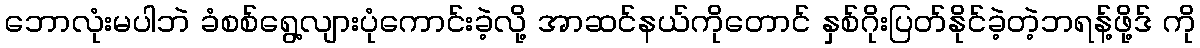
ဘောလုံးမပါဘဲ ခံစစ်ရွေ့လျားပုံကောင်းခဲ့လို့ အာဆင်နယ်ကိုတောင် နှစ်ဂိုးပြတ်နိုင်ခဲ့တဲ့ဘရန့်ဖို့ဒ် ကို